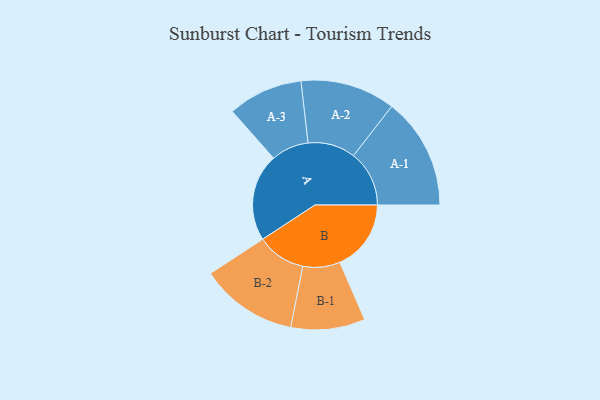
{"axis": {"x": "Segment", "y": "Value"}, "legend": ["", "A", "B"], "data": [{"x": "A", "y": 464, "type": ""}, {"x": "B", "y": 378, "type": ""}, {"x": "A-1", "y": 296, "type": "A"}, {"x": "A-2", "y": 252, "type": "A"}, {"x": "A-3", "y": 199, "type": "A"}, {"x": "B-1", "y": 197, "type": "B"}, {"x": "B-2", "y": 259, "type": "B"}]}